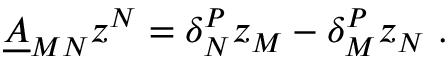
\underline { { { A } } } _ { M N } z ^ { N } = \delta _ { N } ^ { P } z _ { M } - \delta _ { M } ^ { P } z _ { N } \ .